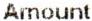
AMOUNT